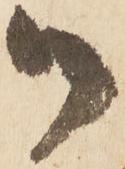
御